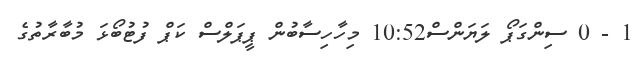
1 - 0 ސިންގަޕޯ ލަޔަންސް10:52 މިހާހިސާބުން ޕީޕަލްސް ކަޕް ފުޓުބޯޅަ މުބާރާތުގެ